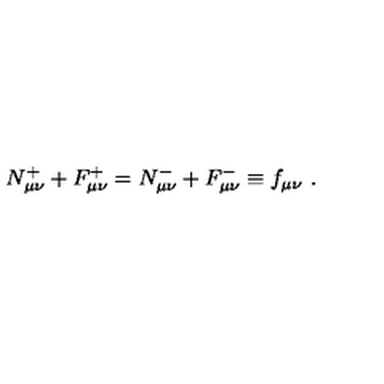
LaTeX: N _ { \mu \nu } ^ { + } + F _ { \mu \nu } ^ { + } = N _ { \mu \nu } ^ { - } + F _ { \mu \nu } ^ { - } \equiv f _ { \mu \nu } \ .